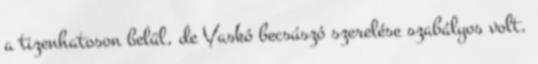
a tizenhatoson belül, de Vaskó becsúszó szerelése szabályos volt.